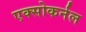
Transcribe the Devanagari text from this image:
एक्सोकर्नल